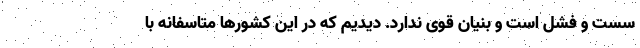
سست و فشل است و بنیان قوی ندارد. دیدیم که در این کشورها متاسفانه با